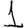
Digit: 1